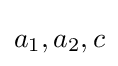
a_{1},a_{2},c